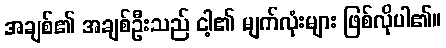
အချစ်၏ အချစ်ဦးသည် ငါ့၏ မျက်လုံးများ ဖြစ်လိုပါ၏။